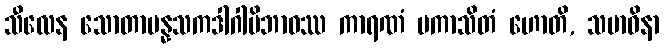
သီလေန သောတာပန္နသကဒါဂါမိဘာဝဿ ကာရဏံ ပကာသိတံ ဟောတိ, သမာဓိနာ